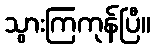
သွားကြကုန်ပြီ။